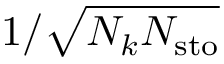
1 / \sqrt { N _ { k } N _ { \mathrm { s t o } } }